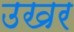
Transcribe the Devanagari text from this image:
उखर